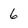
Character: 6